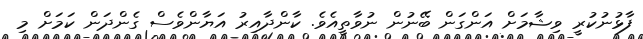
ފާޅުނުކުރީ ވިޝާމަށް އަންގަން ބޭނުން ނުވާތީއެވެ. ކާންދާއިރު އަޔާންވެސް ގެންދަން ކަމަށް މި